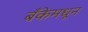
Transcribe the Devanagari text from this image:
बँकेमधून